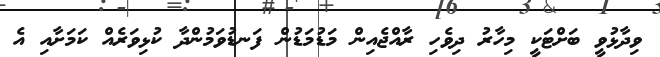
ވިދާޅުވީ ބަށްޓަކީ މިހާރު ދިވެހި ރާއްޖެއިން މަޑުމަޑުން ފަނޑުވަމުންދާ ކުޅިވަރެއް ކަމަށާއި އެ